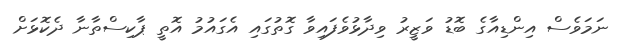
ނަމަވެސް އިންޑިއާގެ ބޮޑު ވަޒީރު ވިދާޅުވެފައިވާ ގޮތުގައި އެގައުމު އޮތީ ޕާކިސްތާނާ ދެކޮޅަށް